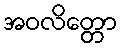
အဝလိတ္တော